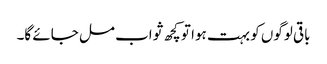
باقی لوگوں کو بہت ہوا تو کچھ ثواب مل جائے گا۔